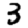
Digit: 3